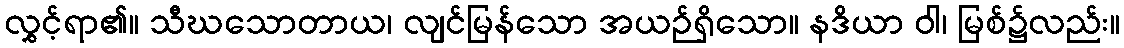
လွှင့်ရာ၏။ သီဃသောတာယ၊ လျင်မြန်သော အယဉ်ရှိသော။ နဒိယာ ဝါ၊ မြစ်၌လည်း။